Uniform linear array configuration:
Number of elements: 24
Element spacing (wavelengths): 0.25
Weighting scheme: hamming
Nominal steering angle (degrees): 60
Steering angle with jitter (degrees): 58.461
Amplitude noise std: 0.05
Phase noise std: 0.05

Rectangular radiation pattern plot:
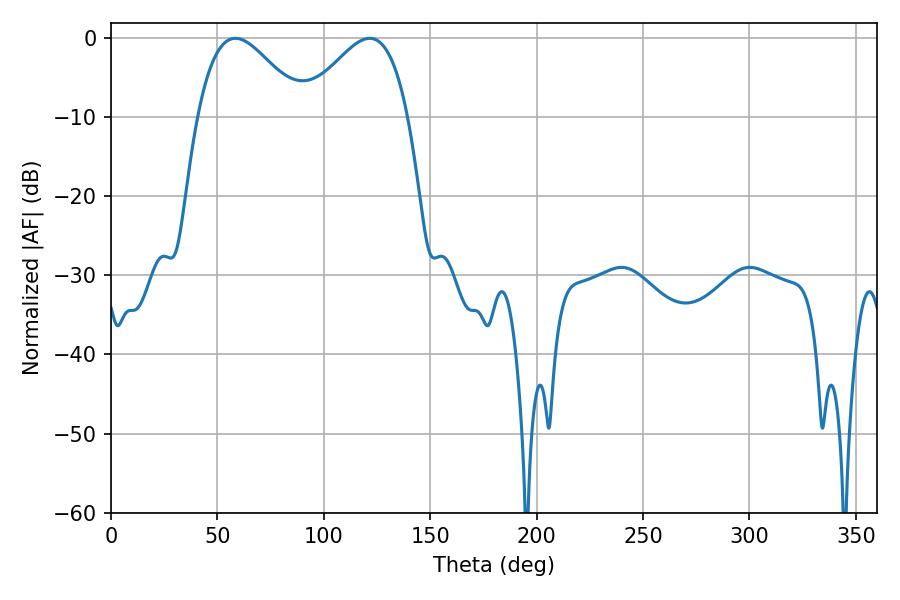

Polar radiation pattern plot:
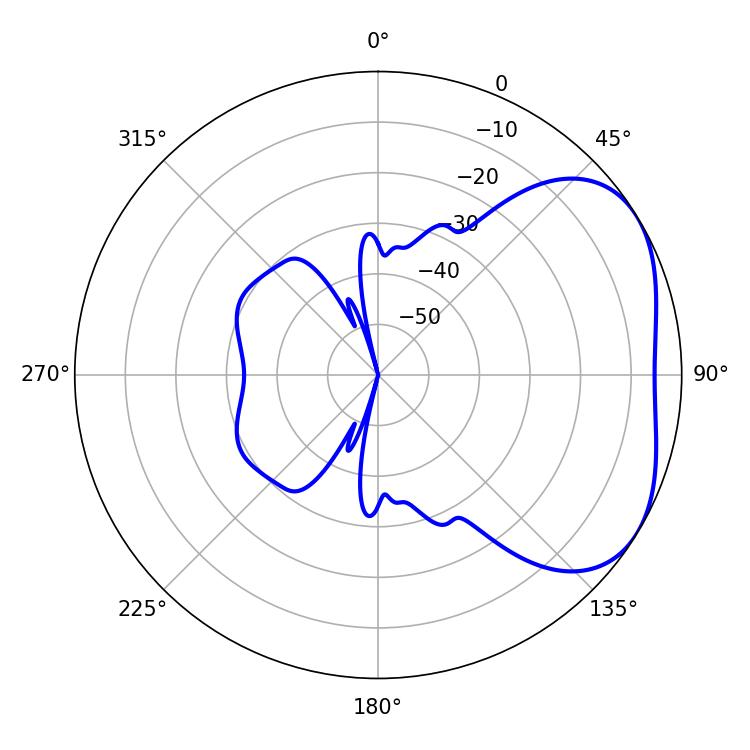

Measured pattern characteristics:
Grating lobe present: FALSE
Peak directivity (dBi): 3.522
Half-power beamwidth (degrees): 26.64
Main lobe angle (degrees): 58.5